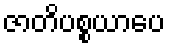
ဇာတိပစ္စယာပေ